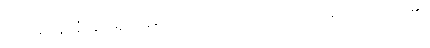
သုဏမာနာနံ၊ နာယူကုန်စဉ်။ အညဿ၊ တပါးသောလူ, သာမဏေ၏။